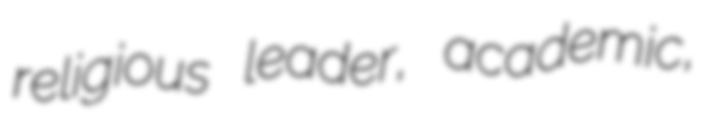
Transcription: religious leader, academic,